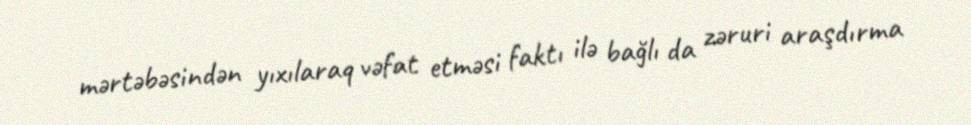
mərtəbəsindən yıxılaraq vəfat etməsi faktı ilə bağlı da zəruri araşdırma